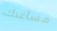
مساعدك